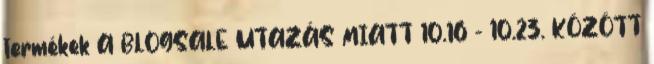
termékek A BLOGSALE UTAZÁS MIATT 10.16 - 10.23. KÖZÖTT